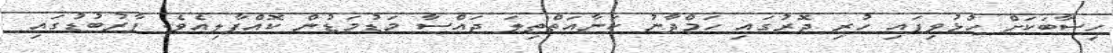
ހިސާބަކަށް ހުޅުވިފައި ހުރި ދޮރުގައި ހަމްދާނު ކަނާއަތްތިލަ ޖައްސާ މަޑުމަޑުން ކޮއްޕާލިއެވެ. ފާރުބުޑުގައި